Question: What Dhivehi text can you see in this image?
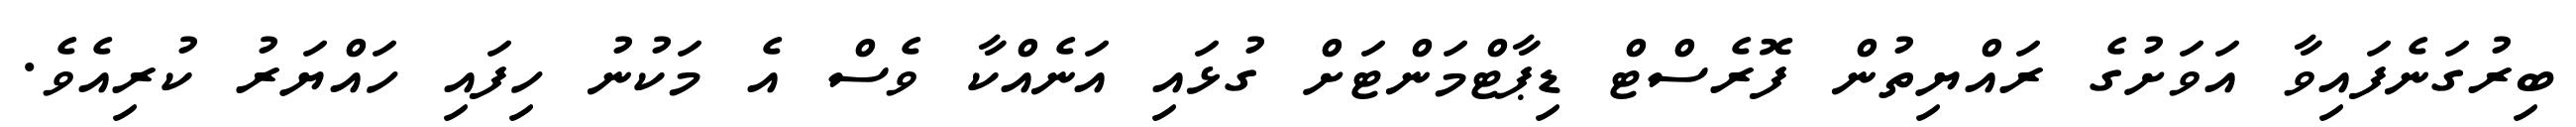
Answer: ބިރުގަނެފައިވާ އަވަށުގެ ރައްޔިތުން ފޮރެސްޓް ޑިޕާޓްމަންޓަށް ގުޅައި އަނެއްކާ ވެސް އެ މަކުނު ހިފައި ހައްޔަރު ކުރިއެވެ.